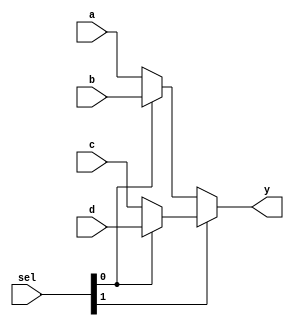
module mux4 #(parameter WIDTH=32) (
    input wire [WIDTH-1:0] a, b, c, d,
    input wire [1:0] sel,

    output wire [WIDTH-1:0] y
);
    assign y = sel[1] ? (sel[0] ? d : c):
                        (sel[0] ? b : a);
    
endmodule